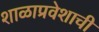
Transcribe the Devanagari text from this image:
शाळाप्रवेशाची